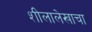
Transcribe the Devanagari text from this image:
शीलालेखाचा